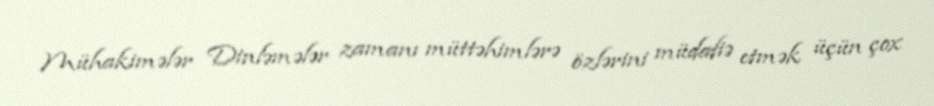
Mühakimələr Dinləmələr zamanı müttəhimlərə özlərini müdafiə etmək üçün çox